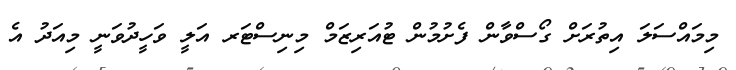
މިމައްސަލަ އިތުރަށް ގޯސްވާން ފެށުމުން ޓުއަރިޒަމް މިނިސްޓަރ އަލީ ވަހީދުވަނީ މިއަދު އެ